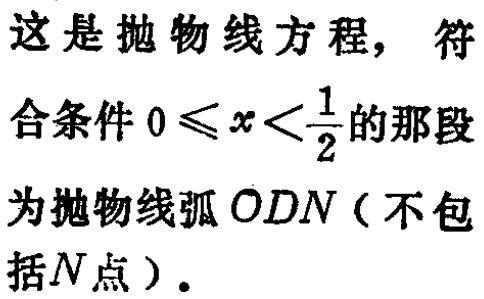
这是抛物线方程，符合条件\(0\leqslant x<\frac{1}{2}\)的那段为抛物线弧\(ODN\)（不包括\(N\)点）。